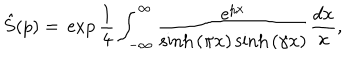
\hat { S } ( p ) = \, \exp \frac { 1 } { 4 } \int _ { - \infty } ^ { \infty } \frac { e ^ { p x } } { \sinh { ( \pi x ) } \sinh { ( \gamma x ) } } \frac { d x } { x } ,